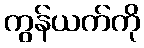
ကွန်ယက်ကို